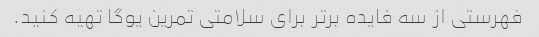
فهرستی از سه فایده برتر برای سلامتی تمرین یوگا تهیه کنید.